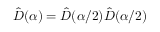
\hat { D } ( \alpha ) = \hat { D } ( \alpha / 2 ) \hat { D } ( \alpha / 2 )